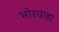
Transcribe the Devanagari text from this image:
भोरवाहा